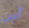
أين